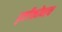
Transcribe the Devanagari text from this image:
दृष्टीकोनच